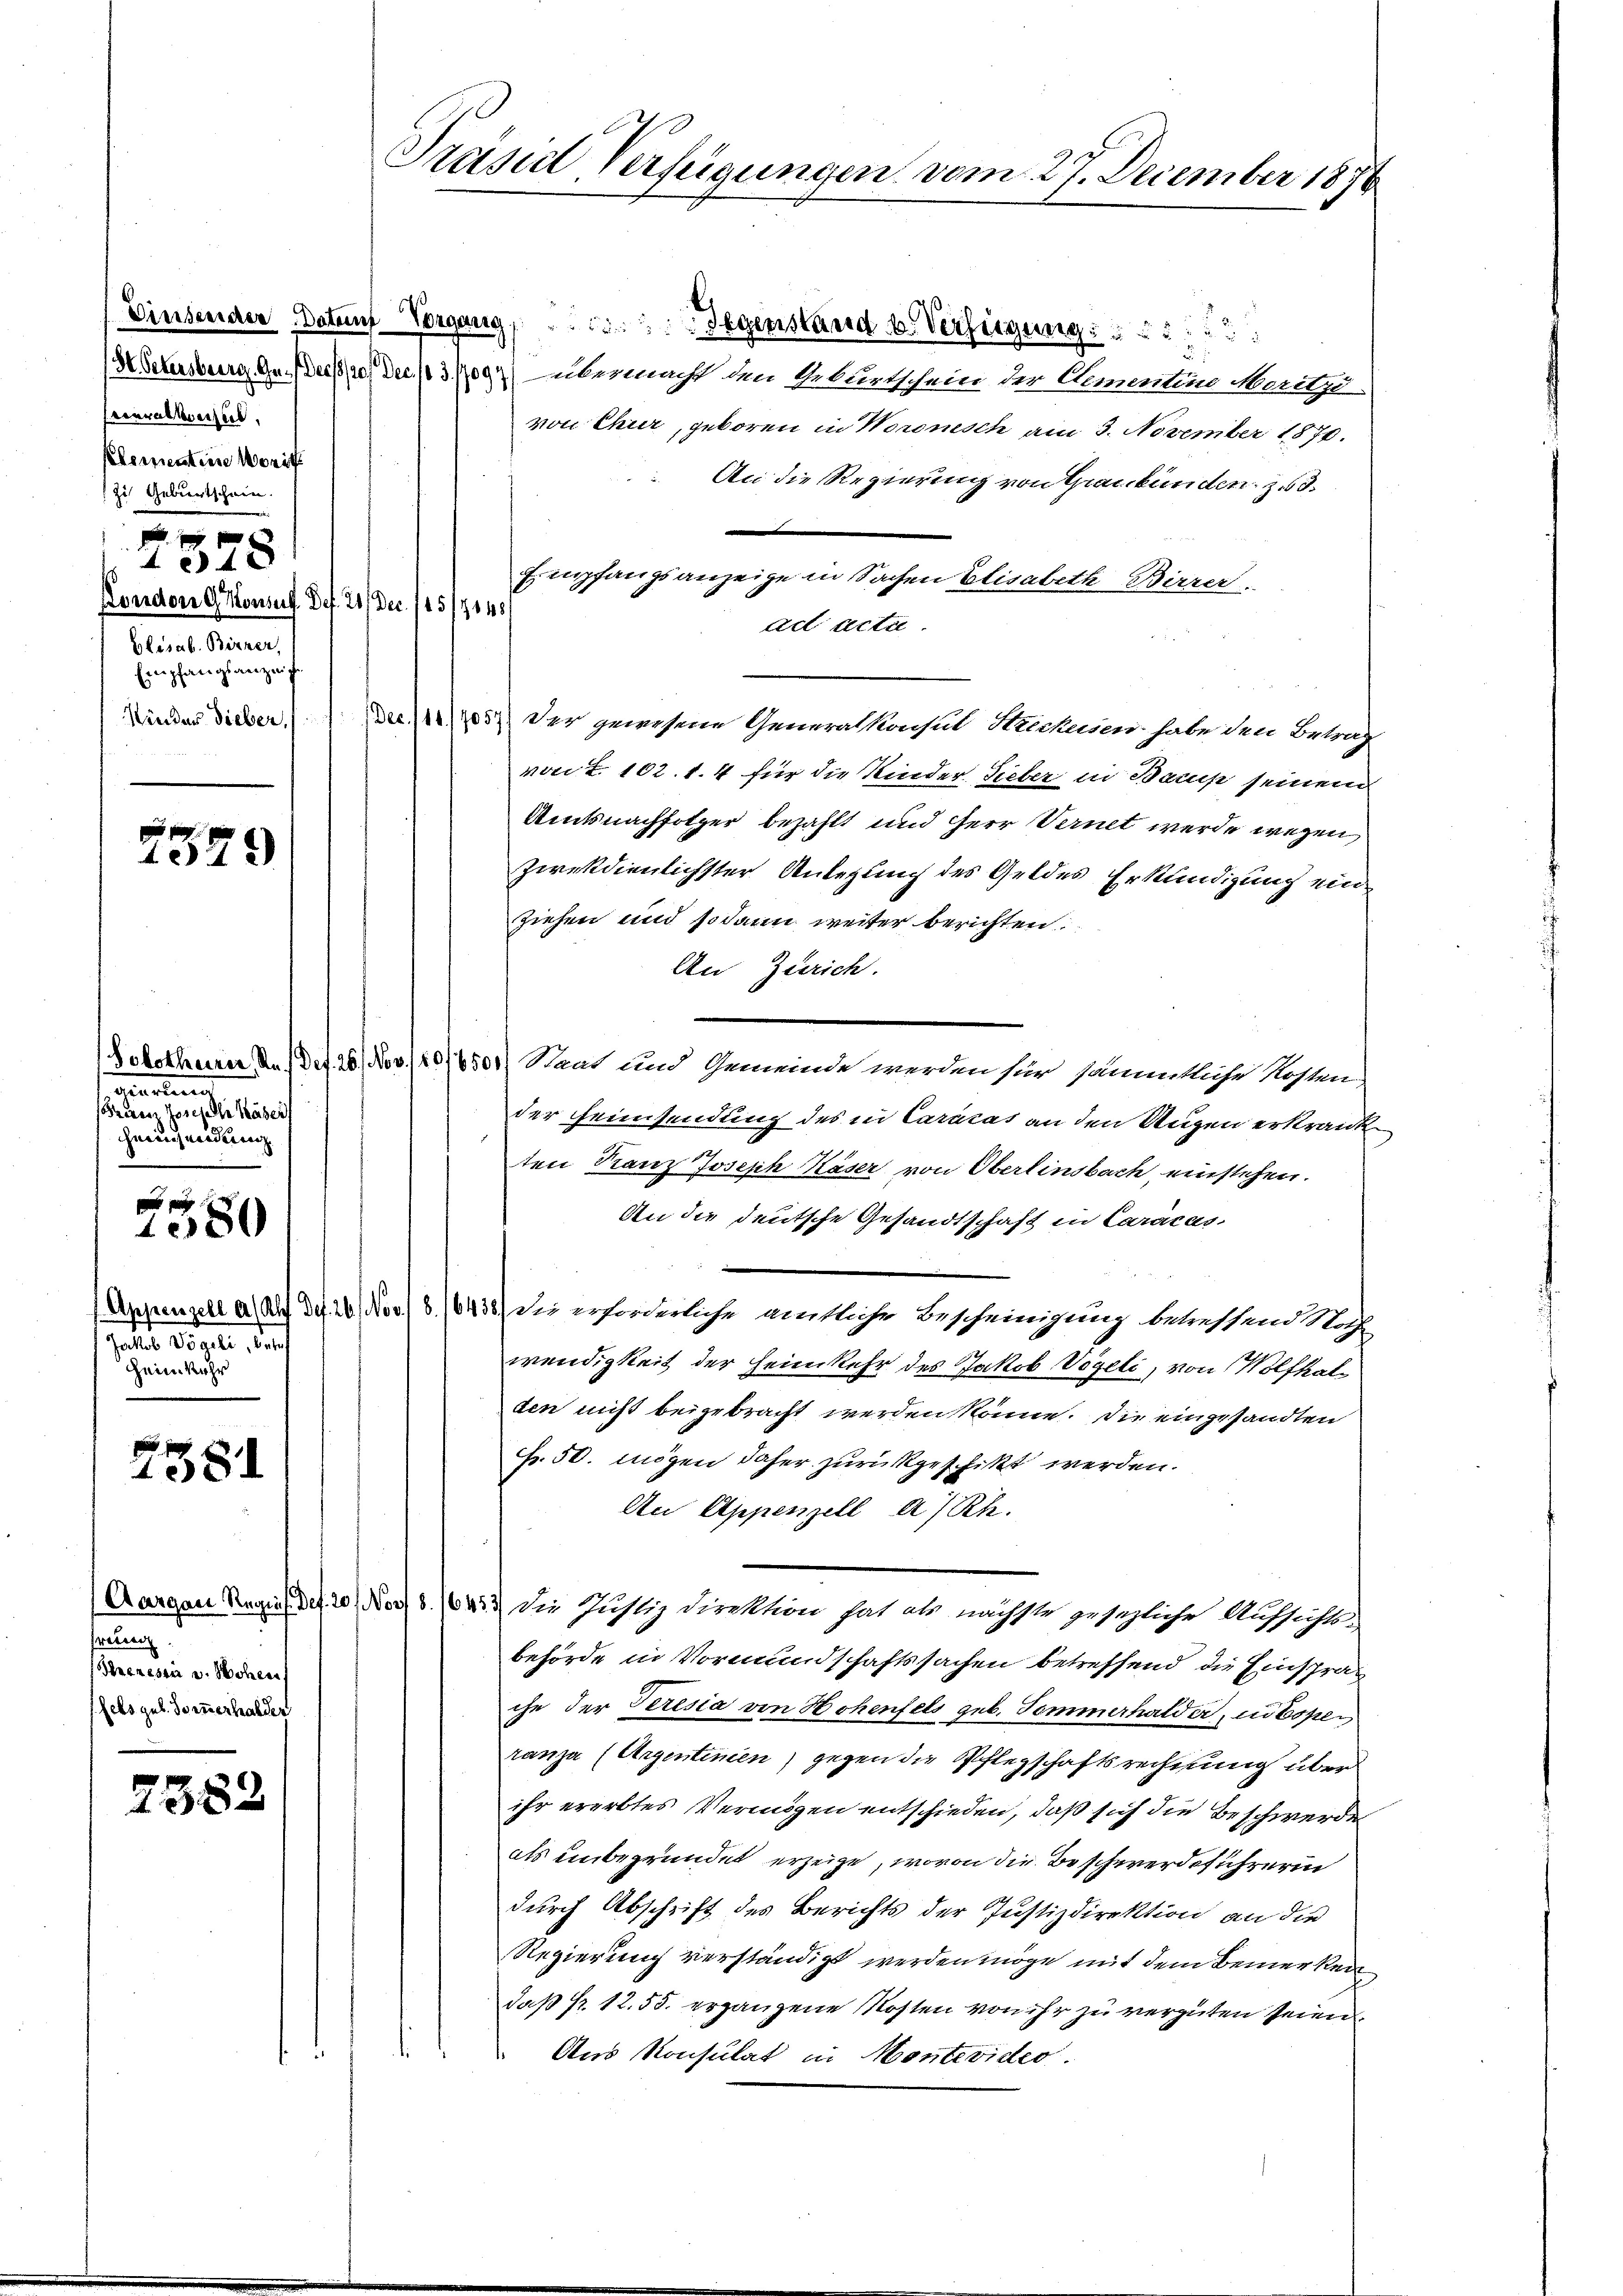
feceralkreise.
Elementine Worit
Zu Geburtschein.

1578
Kondon Gonsus Def. 21. Dec. 115/1904/
Glisab. Birner,
Empfangsanzeig
Kinder dieber,

p
1529

Beerbung
Frerenz Josefalle Käser
hereichmeidung

180

2581

2382

Präsid, Verfügungen vom 27. December 1876

Einsender Datauf Vorgang, Gegenstand u. Verfügung
8 Sehnsberg, Ge- des Dec. 103. 1092) übermacht den Geburtschein der Armentine Meritz-
von Chur, geboren in Woronisch am 3. November 1870.
An die Regierung von Graubünden zu 3.
Empfangsanzeige in Sachen Elisabeth Birrer.
ad acta.
3) Der gewesene Generalkonsul Strechnien habe den Betrag
von T. 102. 1. 4 für die Kinder Sieber in Barup seinem
Amtsnachfolger bezahlt und Herr Vernet werde wegen
ziekdienlichster Anlegung des Geldes Erkundigung ein
ziehen und sodann weiter berichten
An Zürich.
Solothurn in Def. 26. Nov. 180/6501) Staat und Gemeinde werden für sämmtliche Kosten
der Heimsendung des in Carucas an den Augen erkrank
ten Franz Joseph Käser von Oberlinsbach einstehen.
An die deutsche Gesandtschaft in Caracas.
(Appenzell a. Auf der 26 Nov. 8. 16438) die erforderliche matliche Bescheinigung betreffend Nach
wendigkeit der Heimkehr des Jakob Vögeli, von Wolfhalden nicht beigebracht werden könne. Die eingesandten
Fr. 50. mögen daher zurückgeschikt werden.
An Appenzell a/Rh.
Aargau Kraus des 20. Nov. 8. 1432 die Justiz Direktion hat als nächste gesezliche Aufsichtsbehörde in Vormundschaftssachen betreffend die Einspräch
che der Teresia von Hohenfels geb. Sommerhalder, in Copen
ranza (Argentinien) gegen die Pflegschaftsrechnung über
ihr ererbtes Vermögen entschieden, daß sich die Beschwerde
als unbegründet erzeige, wovon die Beschwerdeführerin
durch Abschrift des Berichts der Justizdirektion an die
Regierung verständigt werden möge mit dem Bemerken
daß Nr. 12. 55. ergangene Kosten von ihr zu vergüten seien.
Aus Konsulat in Montevideo

saler 1890, das
heim Kehr

freuen
Heeressin u. Hohen
ffets geb. Hornerhalder